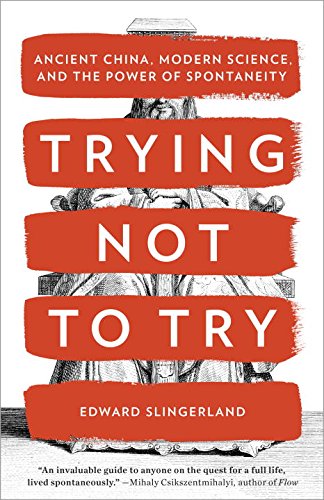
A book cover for Trying Not to Try: Ancient China, Modern Science, and the Power of Spontaneity; Edward Slingerland; Medical Books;